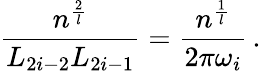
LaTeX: \frac{n^{\frac{2}{l}}}{L_{2i-2}L_{2i-1}}=\frac{n^{\frac{1}{l}}}{2\pi\omega_{i}}\, .